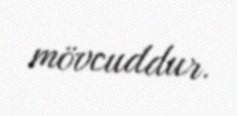
mövcuddur.